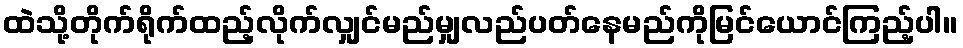
ထဲသို့တိုက်ရိုက်ထည့်လိုက်လျှင်မည်မျှလည်ပတ်နေမည်ကိုမြင်ယောင်ကြည့်ပါ။